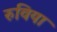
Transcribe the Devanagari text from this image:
रुविया